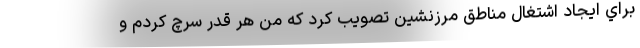
براي ايجاد اشتغال مناطق مرزنشين تصويب كرد كه من هر قدر سرچ كردم و